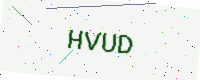
Text: HVUD